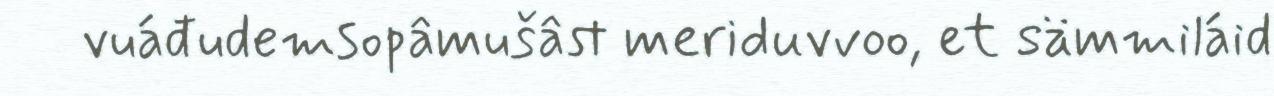
vuáđudemsopâmušâst meriduvvoo, et sämmiláid